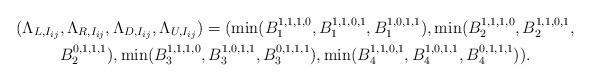
LaTeX: \begin{align*}(\Lambda_{L, {I_{ij}}}&, \Lambda_{R, {I_{ij}}},\Lambda_{D, {I_{ij}}}, \Lambda_{U, {I_{ij}}}) =(\min(B^{1,1,1,0}_1, B^{1,1,0,1}_1,B^{1,0,1,1}_1), \min(B^{1,1,1,0}_2, B^{1,1,0,1}_2, \\ &B^{0,1,1,1}_2),\min(B^{1,1,1,0}_3, B^{1,0,1,1}_3, B^{0,1,1,1}_3), \min(B^{1,1,0,1}_4, B^{1,0,1,1}_4,B^{0,1,1,1}_4)).\end{align*}